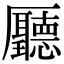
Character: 㕔